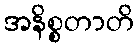
အနိစ္စတာတိ